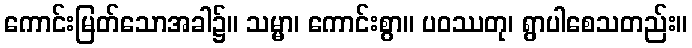
ကောင်းမြတ်သောအခါ၌။ သမ္မာ၊ ကောင်းစွာ။ ပဝဿတု၊ ရွာပါစေသတည်း။